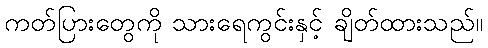
ကတ်ပြားတွေကို သားရေကွင်းနှင့် ချိတ်ထားသည်။